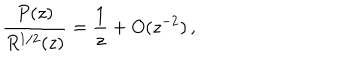
LaTeX: \frac { P ( z ) } { R ^ { 1 / 2 } ( z ) } = \frac { 1 } { z } + O ( z ^ { - 2 } ) \, ,